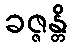
ခဇ္ဇန္တိ